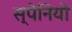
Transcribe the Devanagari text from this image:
स्पेनियो